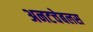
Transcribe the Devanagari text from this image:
अनटचेबलस